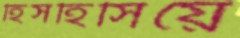
হিসহিসিয়ে